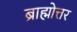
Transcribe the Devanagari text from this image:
ब्राह्मोत्तर